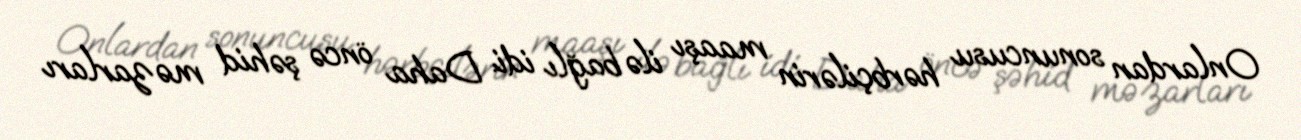
Onlardan sonuncusu hərbçilərin maaşı ilə bağlı idi. Daha öncə şəhid məzarları